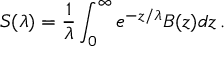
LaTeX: S ( \lambda ) = { \frac { 1 } { \lambda } } \int _ { 0 } ^ { \infty } e ^ { - z / \lambda } B ( z ) d z \, .